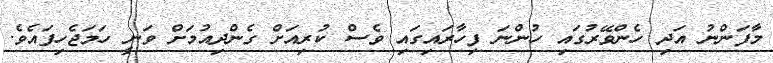
މާފަންނު އަދި ހެންވޭރުގައި ހުންނަ ފިހާރައިގައި ވެސް ކުރިއަށް ގެންދިއުމަށް ވަނީ ހަމަޖެހިފައެވެ.